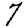
Digit: 7